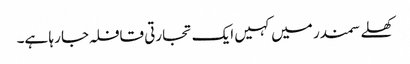
کھلے سمندر میں کہیں ایک تجارتی قافلہ جا رہا ہے۔